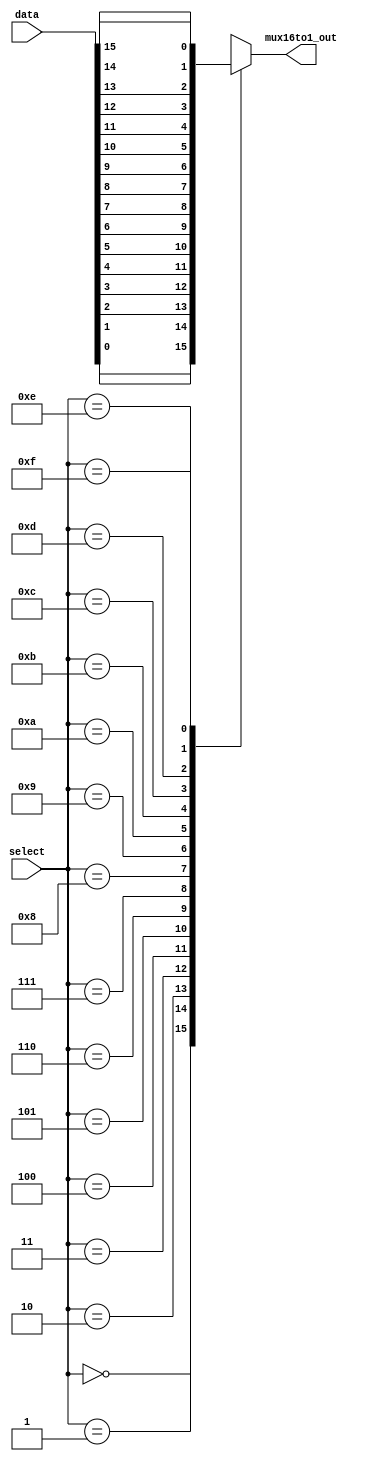
`timescale 1ns / 1ps


module mux16to1( input [15:0] data , input [3:0] select ,output reg mux16to1_out
    );

always@(data or select)
	begin
			case(select)
				4'b0000:mux16to1_out=data[0];
				4'b0001:mux16to1_out=data[1];
				4'b0010:mux16to1_out=data[2];
				4'b0011:mux16to1_out=data[3];
				4'b0100:mux16to1_out=data[4];
				4'b0101:mux16to1_out=data[5];
				4'b0110:mux16to1_out=data[6];
				4'b0111:mux16to1_out=data[7];
				4'b1000:mux16to1_out=data[8];
				4'b1001:mux16to1_out=data[9];
				4'b1010:mux16to1_out=data[10];
				4'b1011:mux16to1_out=data[11];
				4'b1100:mux16to1_out=data[12];
				4'b1101:mux16to1_out=data[13];
				4'b1110:mux16to1_out=data[14];
				4'b1111:mux16to1_out=data[15];
			endcase
	end

endmodule